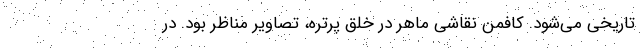
تاریخی می‌شود. کافمن نقاشی ماهر در خلق پرتره، تصاویر مناظر بود. در